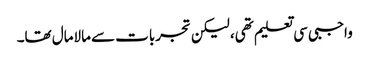
واجبی سی تعلیم تھی، لیکن تجربات سے مالامال تھا۔